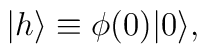
|h\rangle\equiv \phi(0)|0\rangle,